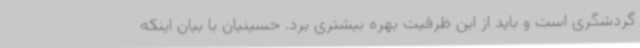
گردشگری است و باید از این ظرفیت بهره بیشتری برد. حسینیان با بیان اینکه